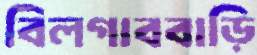
বিলগাববাড়ি